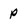
Character: p